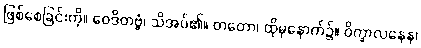
ဖြစ်စေခြင်းကို။ ဝေဒိတဗ္ဗံ၊ သိအပ်၏။ တတော၊ ထိုမှနောက်၌။ ဝိက္ခာလနေန၊